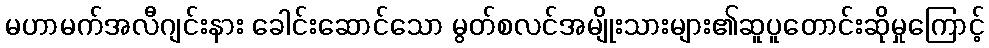
မဟာမက်အလီဂျင်းနား ခေါင်းဆောင်သော မွတ်စလင်အမျိုးသားများ၏ဆူပူတောင်းဆိုမှုကြောင့်